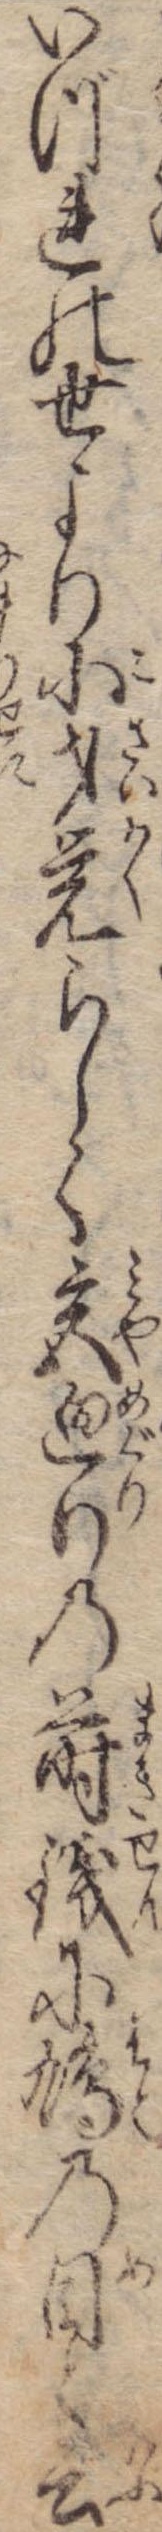
いづれの世より小才覚らしく宮廻りの蒔銭に鳩の目と云